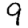
Digit: 9